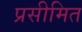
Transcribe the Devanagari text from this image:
प्रसीमित